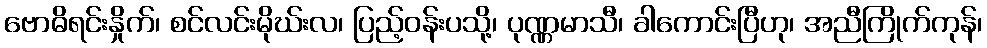
ဗောဓိရင်းနှိုက်၊ စင်လင်းမိုဃ်းလ၊ ပြည့်ဝန်းပသို့၊ ပုဏ္ဏမာသီ၊ ခါကောင်းပြီဟု၊ အညီကြိုက်ကုန်၊